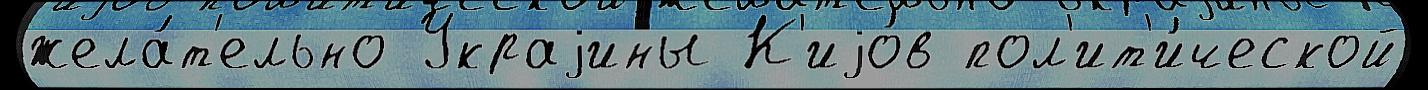
жела́т'ельно Украjины К'иjо́в пол'ит'и́ческой